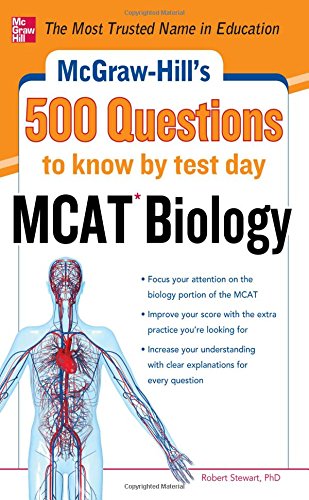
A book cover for McGraw-Hill's 500 MCAT Biology Questions to Know by Test Day (McGraw-Hill's 500 Questions); Robert Stewart; Test Preparation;